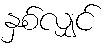
နှစ်လျှင်